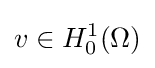
v\in H_{0}^{1}(\Omega )